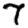
Digit: 7